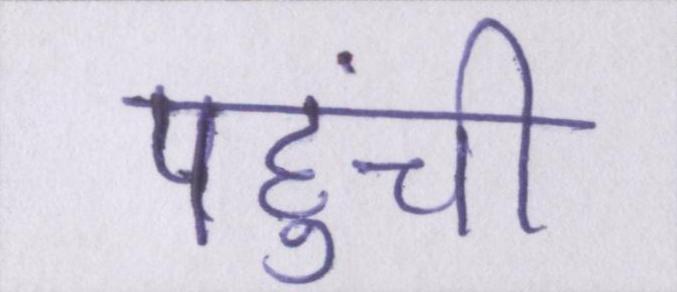
पहुंची